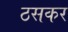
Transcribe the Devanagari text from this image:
ठसकर